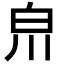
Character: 𤽃